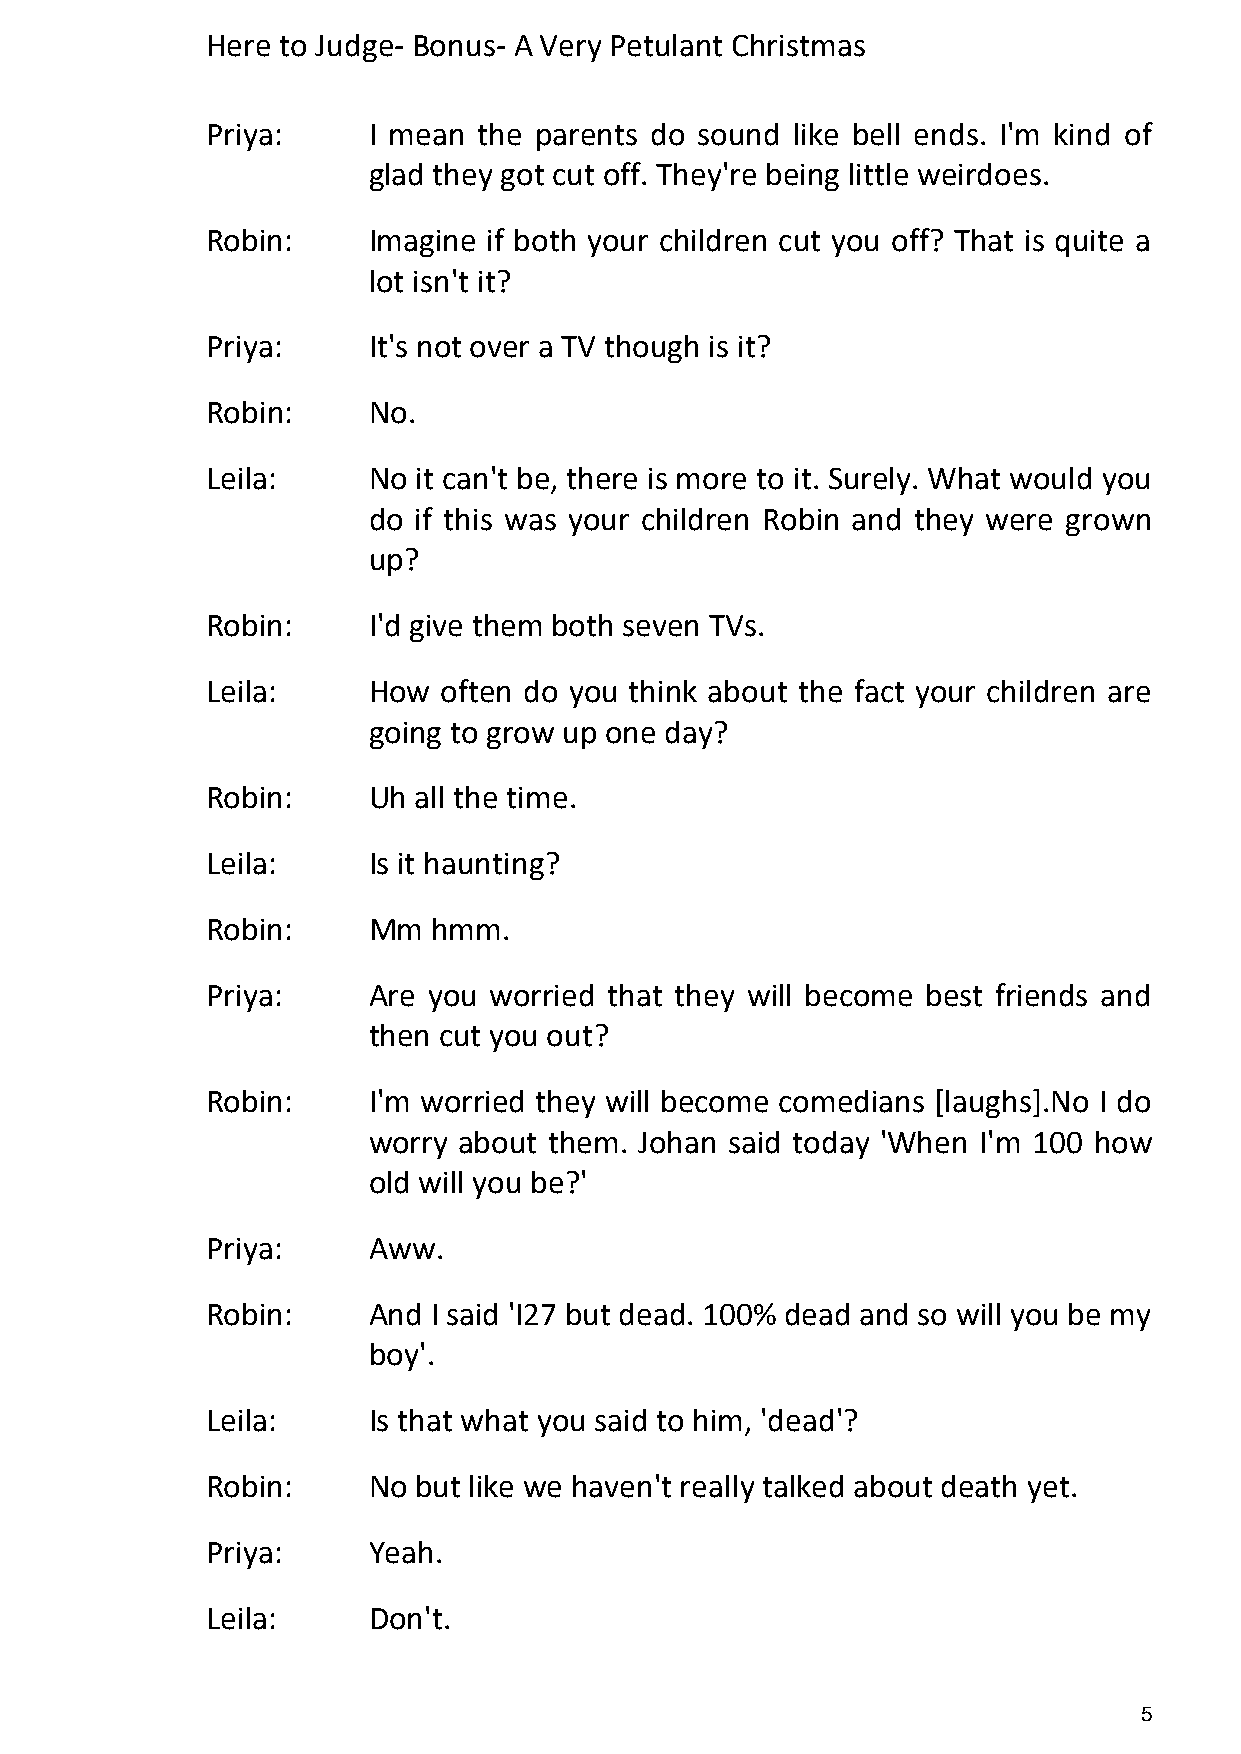
Here to Judge- Bonus- A Very Petulant Christmas
 Priya:    I mean  the parents do sound like bell ends. I'm kind of
 glad they got cut off. They're being little weirdoes.
 Robin:    Imagine if both your children cut you off? That is quite a
 lot isn't it?
 Priya:    It's not over a TV though is it?
 Robin:    No.
 Leila:    No  it can't be, there is more to it. Surely. What would you
 do if this was your children Robin and they were grown
 up?
 Robin:    I'd give them both seven TVs.
 Leila:    How  often do you think about the fact your children are
 going to grow up one day?
 Robin:    Uh all the time.
 Leila:    Is it haunting?
 Robin:    Mm   hmm.
 Priya:    Are you worried that they will become best friends and
 then cut you out?
 Robin:    I'm worried they will become comedians [laughs].No I do
 worry about them. Johan said today 'When I'm 100 how
 old will you be?'
 Priya:    Aww.
 Robin:    And  I said 'I27 but dead. 100% dead and so will you be my
 boy'.
 Leila:    Is that what you said to him, 'dead'?
 Robin:    No  but like we haven't really talked about death yet.
 Priya:    Yeah.
 Leila:    Don't.
 5